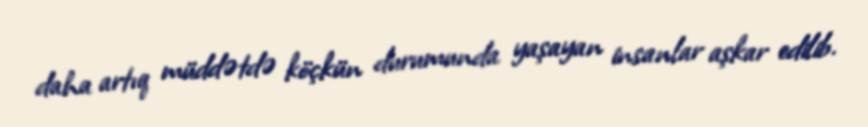
daha artıq müddətdə köçkün durumunda yaşayan insanlar aşkar edilib.